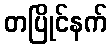
တပြိုင်နက်